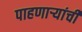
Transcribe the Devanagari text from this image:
पाहणाऱ्यांची